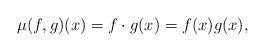
LaTeX: \begin{align*} \mu(f,g)(x)=f\cdot g(x)= f(x) g(x), \end{align*}